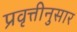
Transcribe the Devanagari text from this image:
प्रवृत्तीनुसार